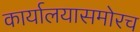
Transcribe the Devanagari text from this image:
कार्यालयासमोरच